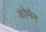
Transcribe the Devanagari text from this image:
कोर्मन